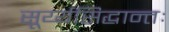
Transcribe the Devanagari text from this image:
सूर्य्यसिद्धान्तः